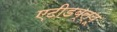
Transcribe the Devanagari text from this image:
एटीडब्ल्यू